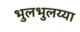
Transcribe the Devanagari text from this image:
भुलभुलय्या